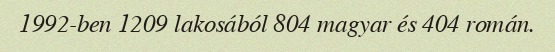
1992-ben 1209 lakosából 804 magyar és 404 román.